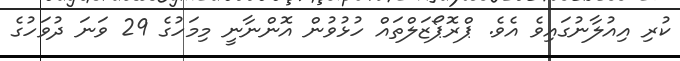
ކުރި އިއުލާނުގައިވެ އެވެ. ޕްރޮޕޯޒަލްތައް ހުޅުވުން އޮންނާނީ މިމަހުގެ 29 ވަނަ ދުވަހުގެ